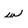
Character: w